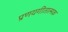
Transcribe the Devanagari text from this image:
प्रणयगीतात्मक